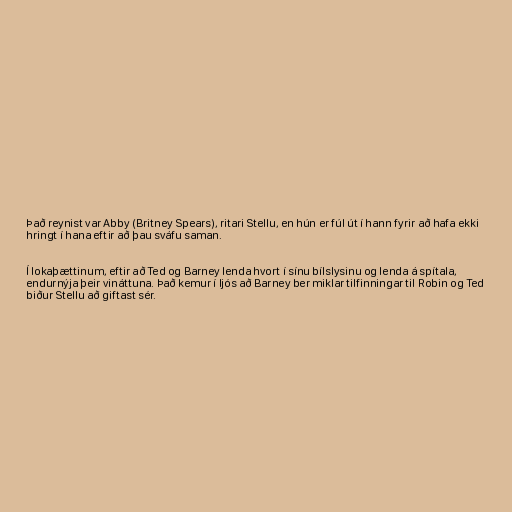
Það reynist var Abby (Britney Spears), ritari Stellu, en hún er fúl út í hann fyrir að hafa ekki
hringt í hana eftir að þau sváfu saman.

Í lokaþættinum, eftir að Ted og Barney lenda hvort í sínu bílslysinu og lenda á spítala,
endurnýja þeir vináttuna. Það kemur í ljós að Barney ber miklar tilfinningar til Robin og Ted
biður Stellu að giftast sér.